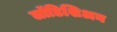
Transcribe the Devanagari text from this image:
लॉडिशिअन